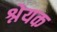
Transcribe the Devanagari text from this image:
श्नेयक